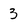
Character: 3